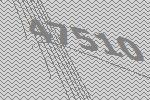
47510